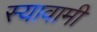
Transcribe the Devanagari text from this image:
स्यावामी